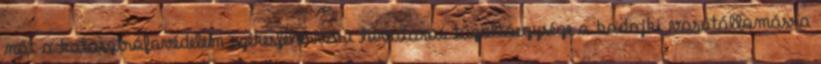
nőt a katasztrófavédelem székesfehérvári hivatásos tűzoltóegysége a bodajki vasútállomásra